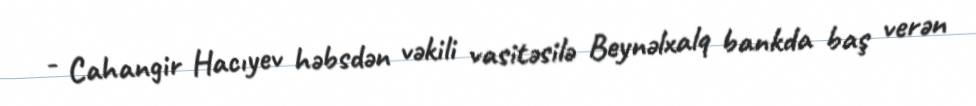
- Cahangir Hacıyev həbsdən vəkili vasitəsilə Beynəlxalq bankda baş verən